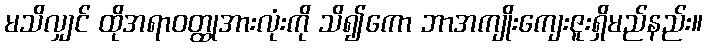
မသိလျှင် ထိုအရာဝတ္ထုအားလုံးကို သိ၍ကော ဘာအကျိုးကျေးဇူးရှိမည်နည်း။